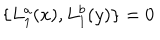
LaTeX: \{ L _ { 1 } ^ { a } ( x ) , L _ { 1 } ^ { b } ( y ) \} = 0